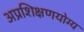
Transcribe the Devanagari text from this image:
अप्रशिक्षणयोग्य